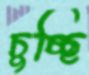
চুচ্ছি